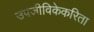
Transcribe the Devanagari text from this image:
उपजीविकेकरिता